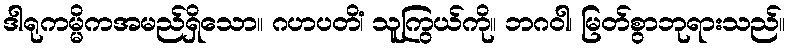
ဒါရုကမ္မိကအမည်ရှိသော။ ဂဟပတိံ၊ သူကြွယ်ကို။ ဘဂဝါ၊ မြတ်စွာဘုရားသည်။